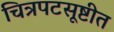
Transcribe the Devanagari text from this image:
चित्रपटसूष्टीत